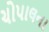
ચોપાલના